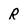
Character: R